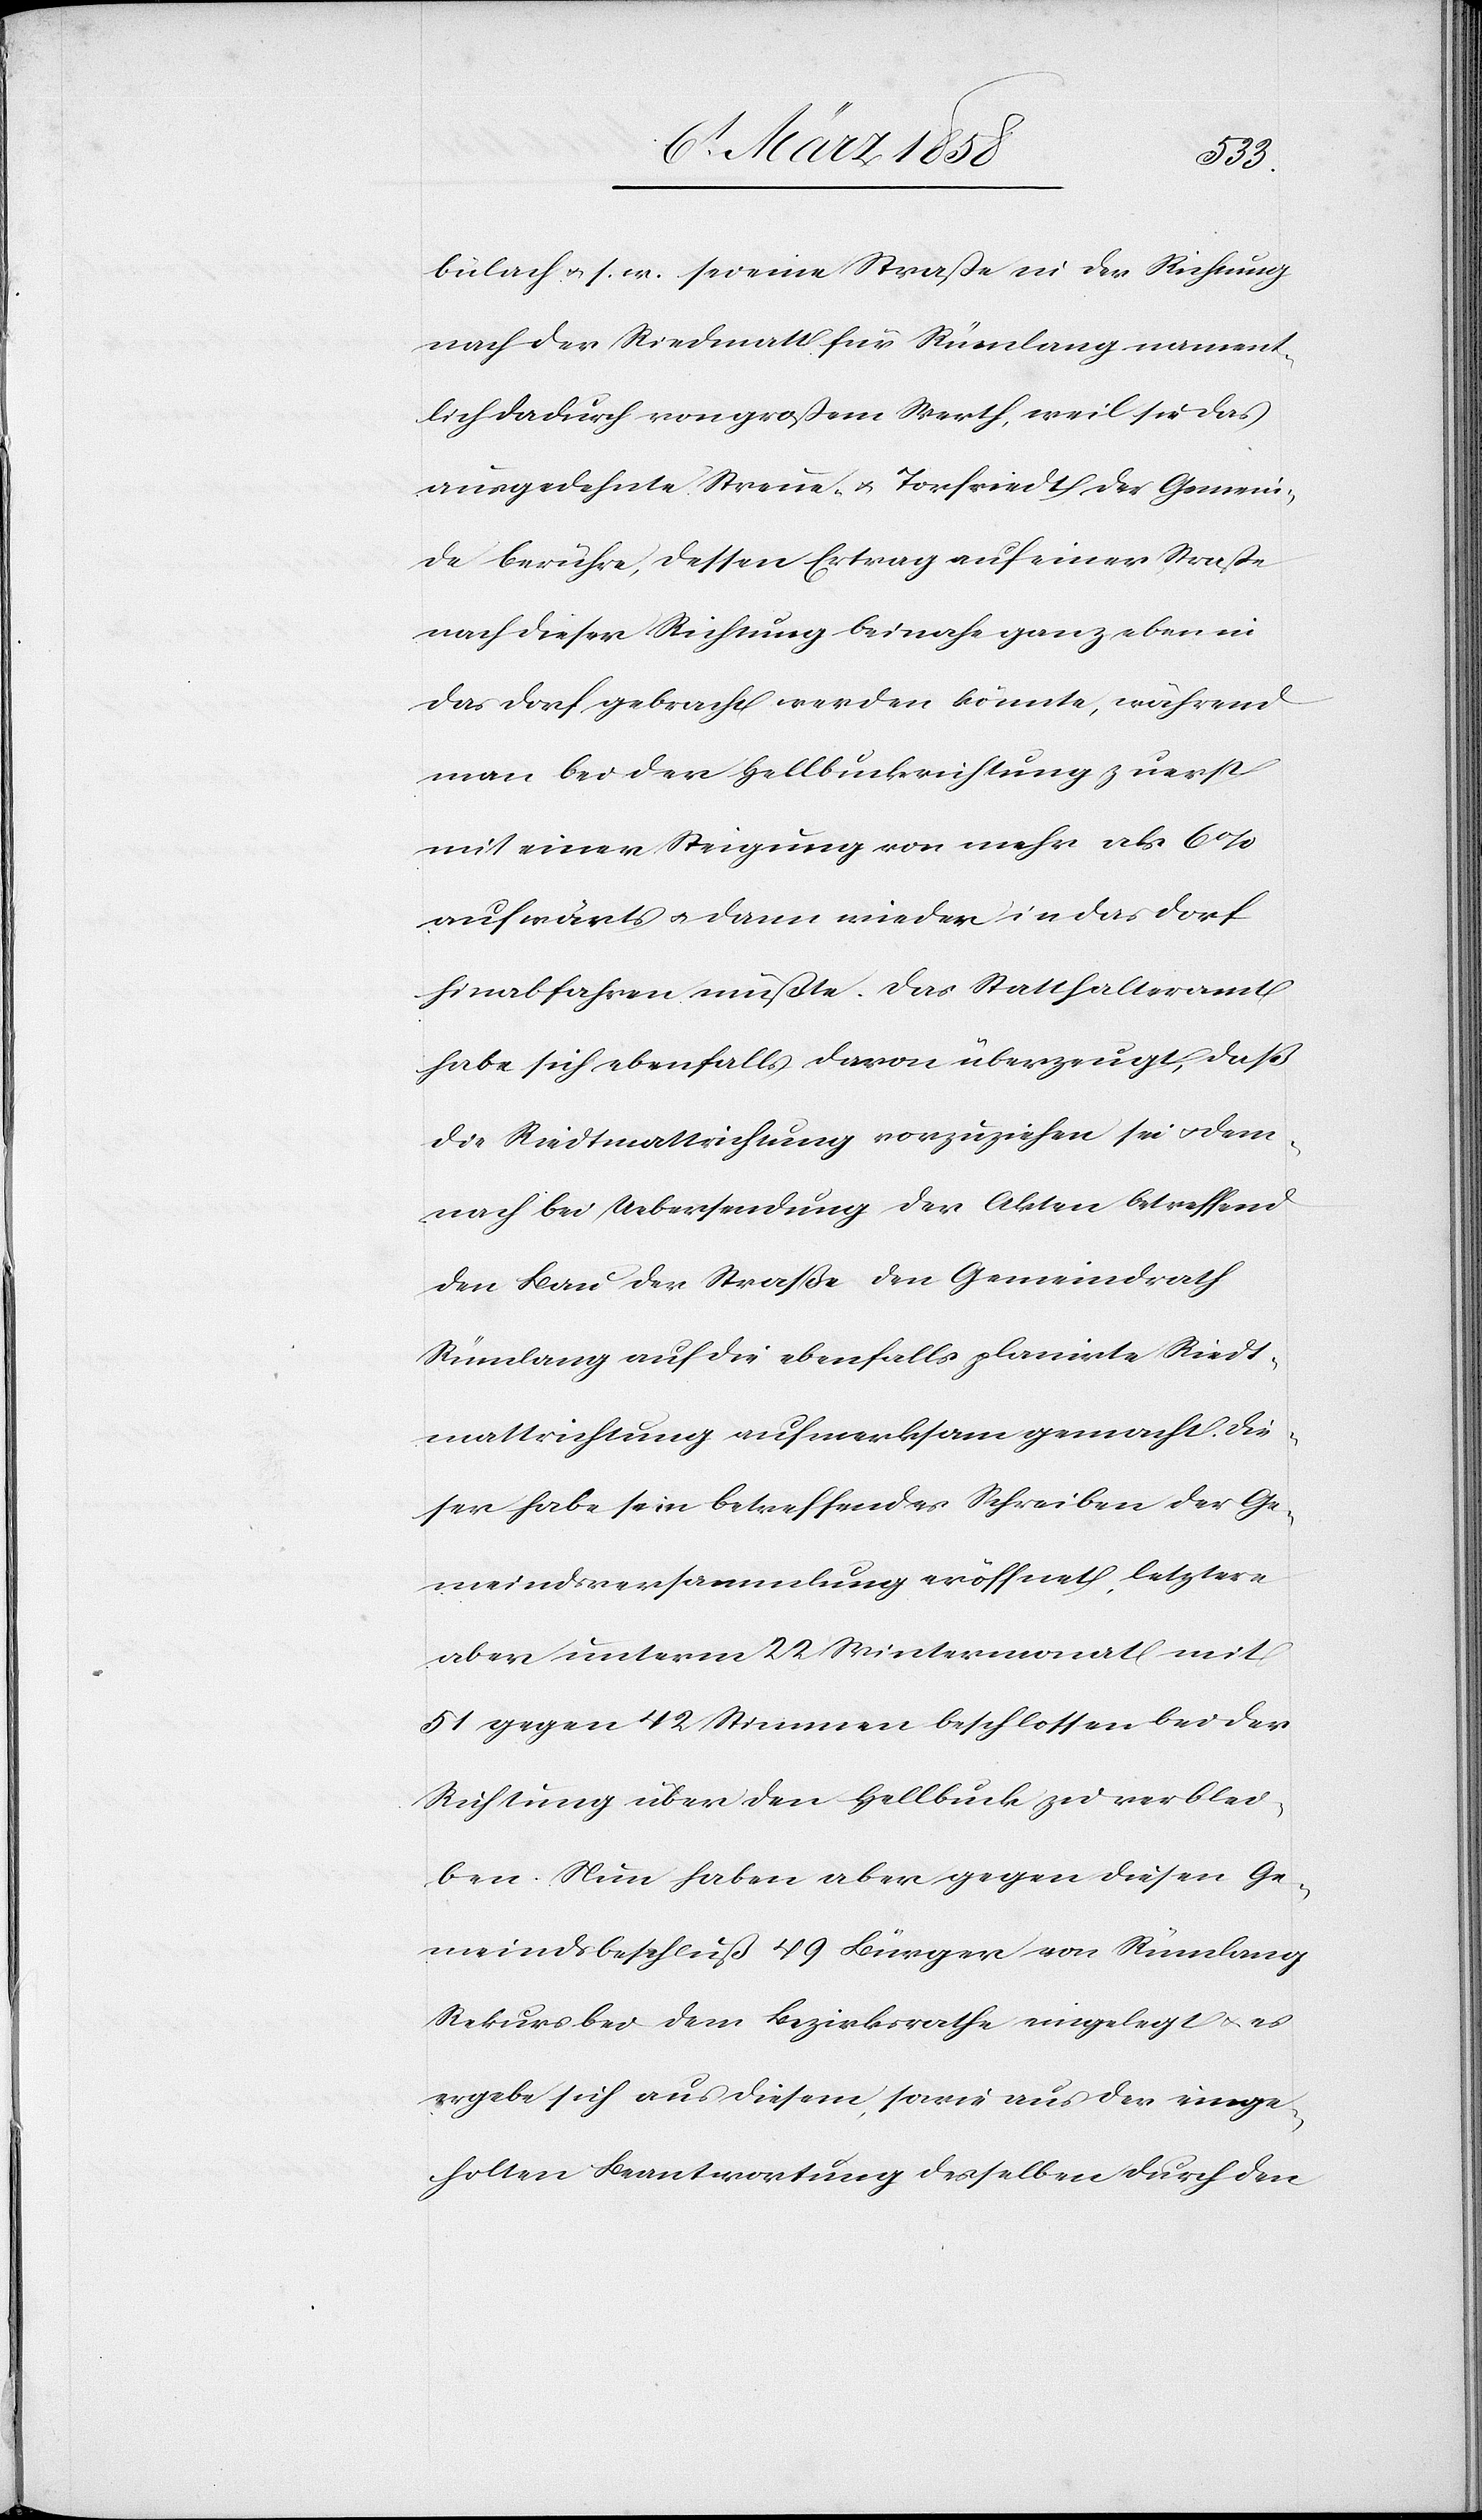
bülach u. s. w. sei eine Straße in der Richtung
nach der Riedmatt für Rümlang nament¬
lich dadurch von großem Werth, weil sie das
ausgedehnte Streue- u. Torfriedt der Gemein¬
de berühre, dessen Ertrag auf einer Straße
nach dieser Richtung beinahe ganz eben in
das Dorf gebracht werden könnte, während
man bei der Hellbuckrichtung zuerst
mit einer Steigung von mehr als 6%
aufwärts u. dann wieder in das Dorf
hinabfahren müßte. Das Statthalteramt
habe sich ebenfalls davon überzeugt, daß
die Riedtmattrichtung vorzuziehen sei u. dem¬
nach bei Uebersendung der Akten betreffend
den Bau der Straßen den Gemeindrath
Rümlang auf die ebenfalls planirte Riedt¬
mattrichtung aufmerksam gemacht. Die¬
ser habe sein betreffendes Schreiben der Ge¬
meindsversammlung eröffnet, letztere
aber unterm 22. Wintermonat mit
51 gegen 42 Stimmen beschlossen bei der
Richtung über den Hellbuck zu verblei¬
ben. Nun haben aber gegen diesen Ge¬
meindsbeschluß 49 Bürger von Rümlang
Rekurs bei dem Bezirksrathe eingelegt u. es
ergebe sich aus diesem, sowie aus der einge¬
holten Beantwortung desselben durch den